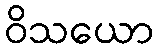
ဝိသယော